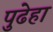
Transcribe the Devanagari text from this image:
पुढेहा